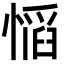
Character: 𫺼